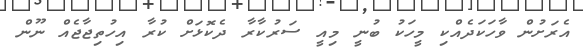
އެރަށުން ވާހަކަދެއްކި މީހަކު ބުނީ މިއީ ސަރުކާރާ ދެކޮޅަށް ކުރާ އިހުތިޖާޖެއް ނޫން